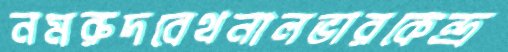
নমরুদবেথনালভারকেন্দ্র